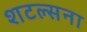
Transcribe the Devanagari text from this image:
शटल्सना